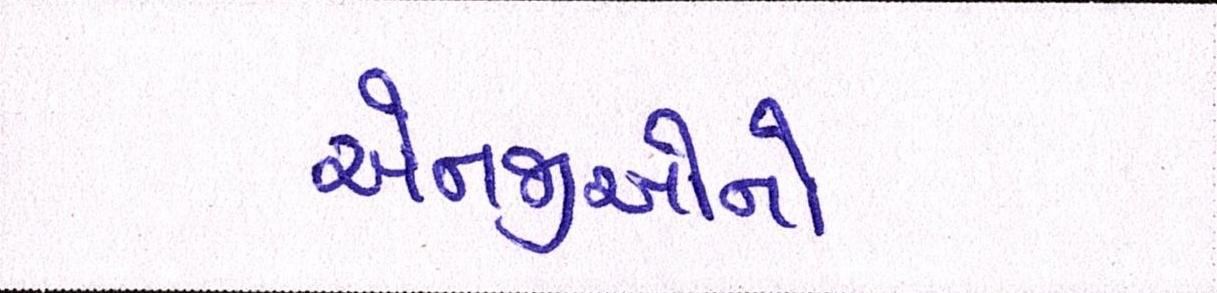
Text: એનજીઓનો